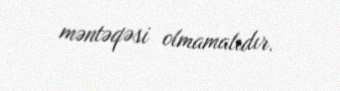
məntəqəsi olmamalıdır.